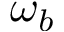
\omega _ { b }